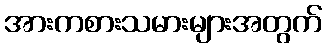
အားကစားသမားများအတွက်